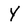
Character: Y